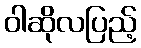
ဝါဆိုလပြည့်